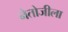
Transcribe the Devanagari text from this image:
नेतोजीला